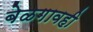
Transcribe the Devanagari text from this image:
बेळगावही